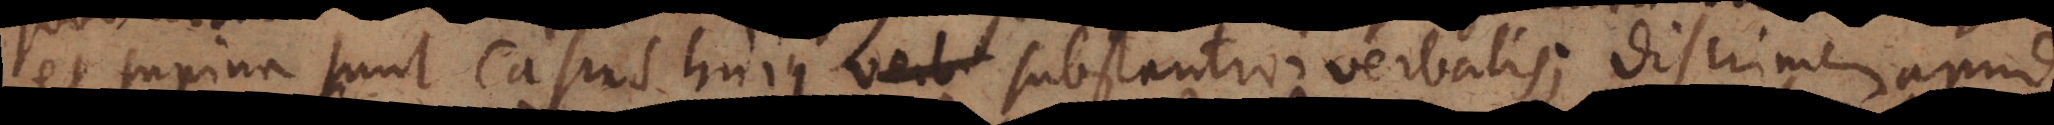
et supina sunt Casus hujus substantivi verbalis; discrimen apud